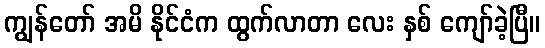
ကျွန်တော် အမိ နိုင်ငံက ထွက်လာတာ လေး နှစ် ကျော်ခဲ့ပြီ။